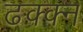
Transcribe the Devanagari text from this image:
ढक्क्न